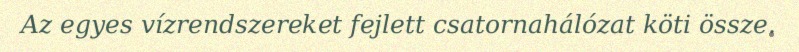
Az egyes vízrendszereket fejlett csatornahálózat köti össze.